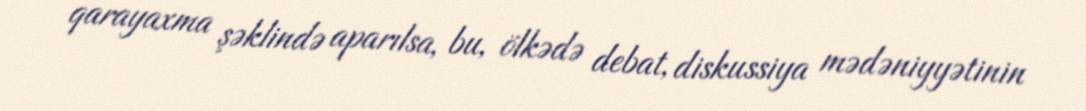
qarayaxma şəklində aparılsa, bu, ölkədə debat, diskussiya mədəniyyətinin